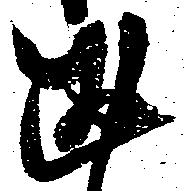
述